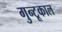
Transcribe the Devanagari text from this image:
गुन्टूकाल